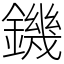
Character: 鐖